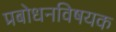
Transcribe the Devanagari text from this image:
प्रबोधनविषयक